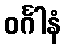
ဝင်္ဂါနံ